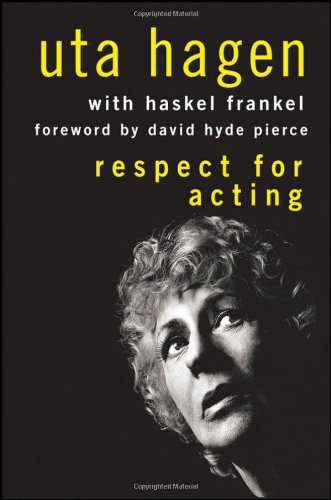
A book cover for Respect for Acting; Uta Hagen; Humor & Entertainment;